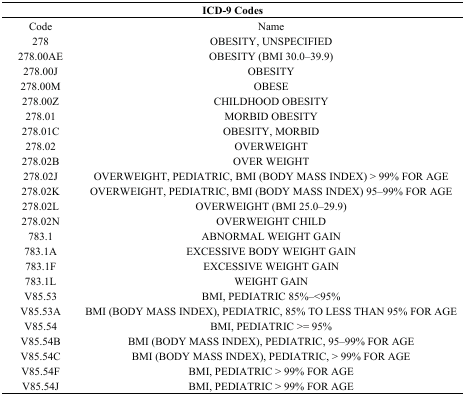
<table><thead><tr><td colspan="2"><b>ICD-9 Codes</b></td></tr></thead><tbody><tr><td>Code</td><td>Name</td></tr><tr><td>278</td><td>OBESITY, UNSPECIFIED</td></tr><tr><td>278.00AE</td><td>OBESITY (BMI 30.0–39.9)</td></tr><tr><td>278.00J</td><td>OBESITY</td></tr><tr><td>278.00M</td><td>OBESE</td></tr><tr><td>278.00Z</td><td>CHILDHOOD OBESITY</td></tr><tr><td>278.01</td><td>MORBID OBESITY</td></tr><tr><td>278.01C</td><td>OBESITY, MORBID</td></tr><tr><td>278.02</td><td>OVERWEIGHT</td></tr><tr><td>278.02B</td><td>OVER WEIGHT</td></tr><tr><td>278.02J</td><td>OVERWEIGHT, PEDIATRIC, BMI (BODY MASS INDEX) &gt; 99% FOR AGE</td></tr><tr><td>278.02K</td><td>OVERWEIGHT, PEDIATRIC, BMI (BODY MASS INDEX) 95–99% FOR AGE</td></tr><tr><td>278.02L</td><td>OVERWEIGHT (BMI 25.0–29.9)</td></tr><tr><td>278.02N</td><td>OVERWEIGHT CHILD</td></tr><tr><td>783.1</td><td>ABNORMAL WEIGHT GAIN</td></tr><tr><td>783.1A</td><td>EXCESSIVE BODY WEIGHT GAIN</td></tr><tr><td>783.1F</td><td>EXCESSIVE WEIGHT GAIN</td></tr><tr><td>783.1L</td><td>WEIGHT GAIN</td></tr><tr><td>V85.53</td><td>BMI, PEDIATRIC 85%–&lt;95%</td></tr><tr><td>V85.53A</td><td>BMI (BODY MASS INDEX), PEDIATRIC, 85% TO LESS THAN 95% FOR AGE</td></tr><tr><td>V85.54</td><td>BMI, PEDIATRIC &gt;= 95%</td></tr><tr><td>V85.54B</td><td>BMI (BODY MASS INDEX), PEDIATRIC, 95–99% FOR AGE</td></tr><tr><td>V85.54C </td><td>BMI (BODY MASS INDEX), PEDIATRIC, &gt; 99% FOR AGE</td></tr><tr><td>V85.54F</td><td>BMI, PEDIATRIC &gt; 99% FOR AGE</td></tr><tr><td>V85.54J</td><td>BMI, PEDIATRIC &gt; 99% FOR AGE</td></tr></tbody></table>